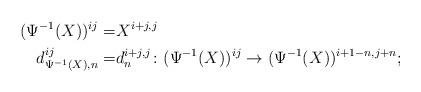
LaTeX: \begin{align*}(\Psi^{-1}(X))^{ij}= & X^{i+j, j}\\d_{\Psi^{-1}(X), n}^{ij}=& d_n^{i+j,j}\colon (\Psi^{-1}(X))^{ij}\to (\Psi^{-1}(X))^{i+1-n,j+n};\end{align*}